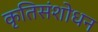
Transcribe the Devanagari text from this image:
कृतिसंशोधन